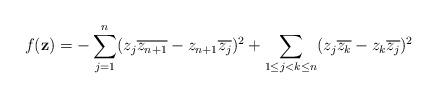
LaTeX: \begin{align*} f(\mathbf{z})=\displaystyle -\sum_{j=1}^{n}(z_j\overline{z_{n+1}}-z_{n+1} \overline{z_{j}})^{2}+\sum_{1\leq j<k \leq n}(z_j \overline{z_{k}}-z_{k} \overline{z_{j}})^2\end{align*}